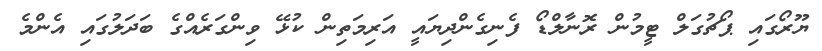
ޔޫރޯގައި ޕޯޗުގަލް ޓީމުން ރޮނާލްޑޯ ފެނިގެންދިޔައީ އަރިމަތިން ކުޅޭ ވިންގަރެއްގެ ބަދަލުގައި އެންމެ